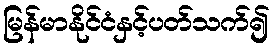
မြန်မာနိုင်ငံနှင့်ပတ်သက်၍